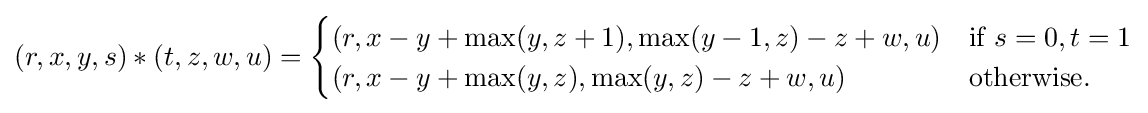
(r,x,y,s)*(t,z,w,u)={\begin{cases}(r,x-y+\max(y,z+1),\max(y-1,z)-z+w,u)&{\text{if }}s=0,t=1\\(r,x-y+\max(y,z),\max(y,z)-z+w,u)&{\text{otherwise.}}\end{cases}}